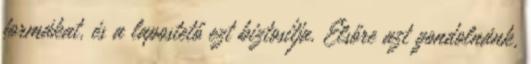
formákat, és a lapostető ezt biztosítja. Elsőre azt gondolnánk,